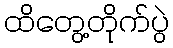
ထိတွေ့တိုက်ပွဲ